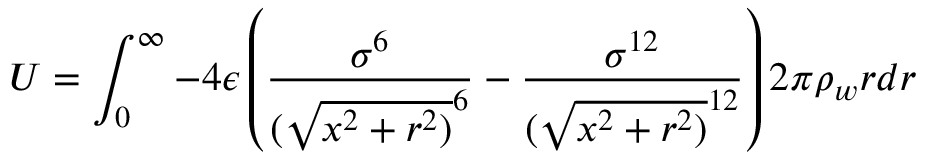
U = \int _ { 0 } ^ { \infty } - 4 \epsilon \left( \frac { \sigma ^ { 6 } } { ( \sqrt { x ^ { 2 } + r ^ { 2 } ) } ^ { 6 } } - \frac { \sigma ^ { 1 2 } } { ( \sqrt { x ^ { 2 } + r ^ { 2 } ) } ^ { 1 2 } } \right) 2 \pi \rho _ { w } r d r